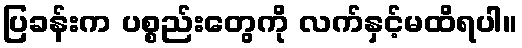
ပြခန်းက ပစ္စည်းတွေကို လက်နှင့်မထိရပါ။